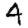
Digit: 4